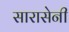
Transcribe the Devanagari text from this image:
सारासेनी